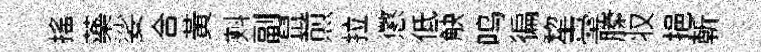
揺藥娑合黄㪺副鼠煎拉懲低觖鸣徧犂臺縢𠬧挹斬